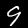
Label: 9